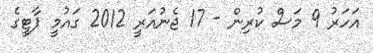
އަހަރު 9 މަސް ކުރިން - 17 ޖެނުއަރީ 2012 ގައުމީ ޕާޓީގެ